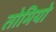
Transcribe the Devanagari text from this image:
तोमियो